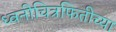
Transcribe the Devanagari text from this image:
ध्वनीचित्रफितीच्या